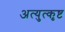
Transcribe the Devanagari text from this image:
अत्युत्‍कृष्ट